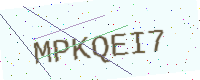
Text: MPKQEI7